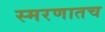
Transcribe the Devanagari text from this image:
स्मरणातच